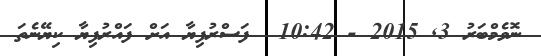
ނޮވެމްބަރު 3